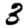
Digit: 3